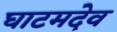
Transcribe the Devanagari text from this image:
घाटमदेव